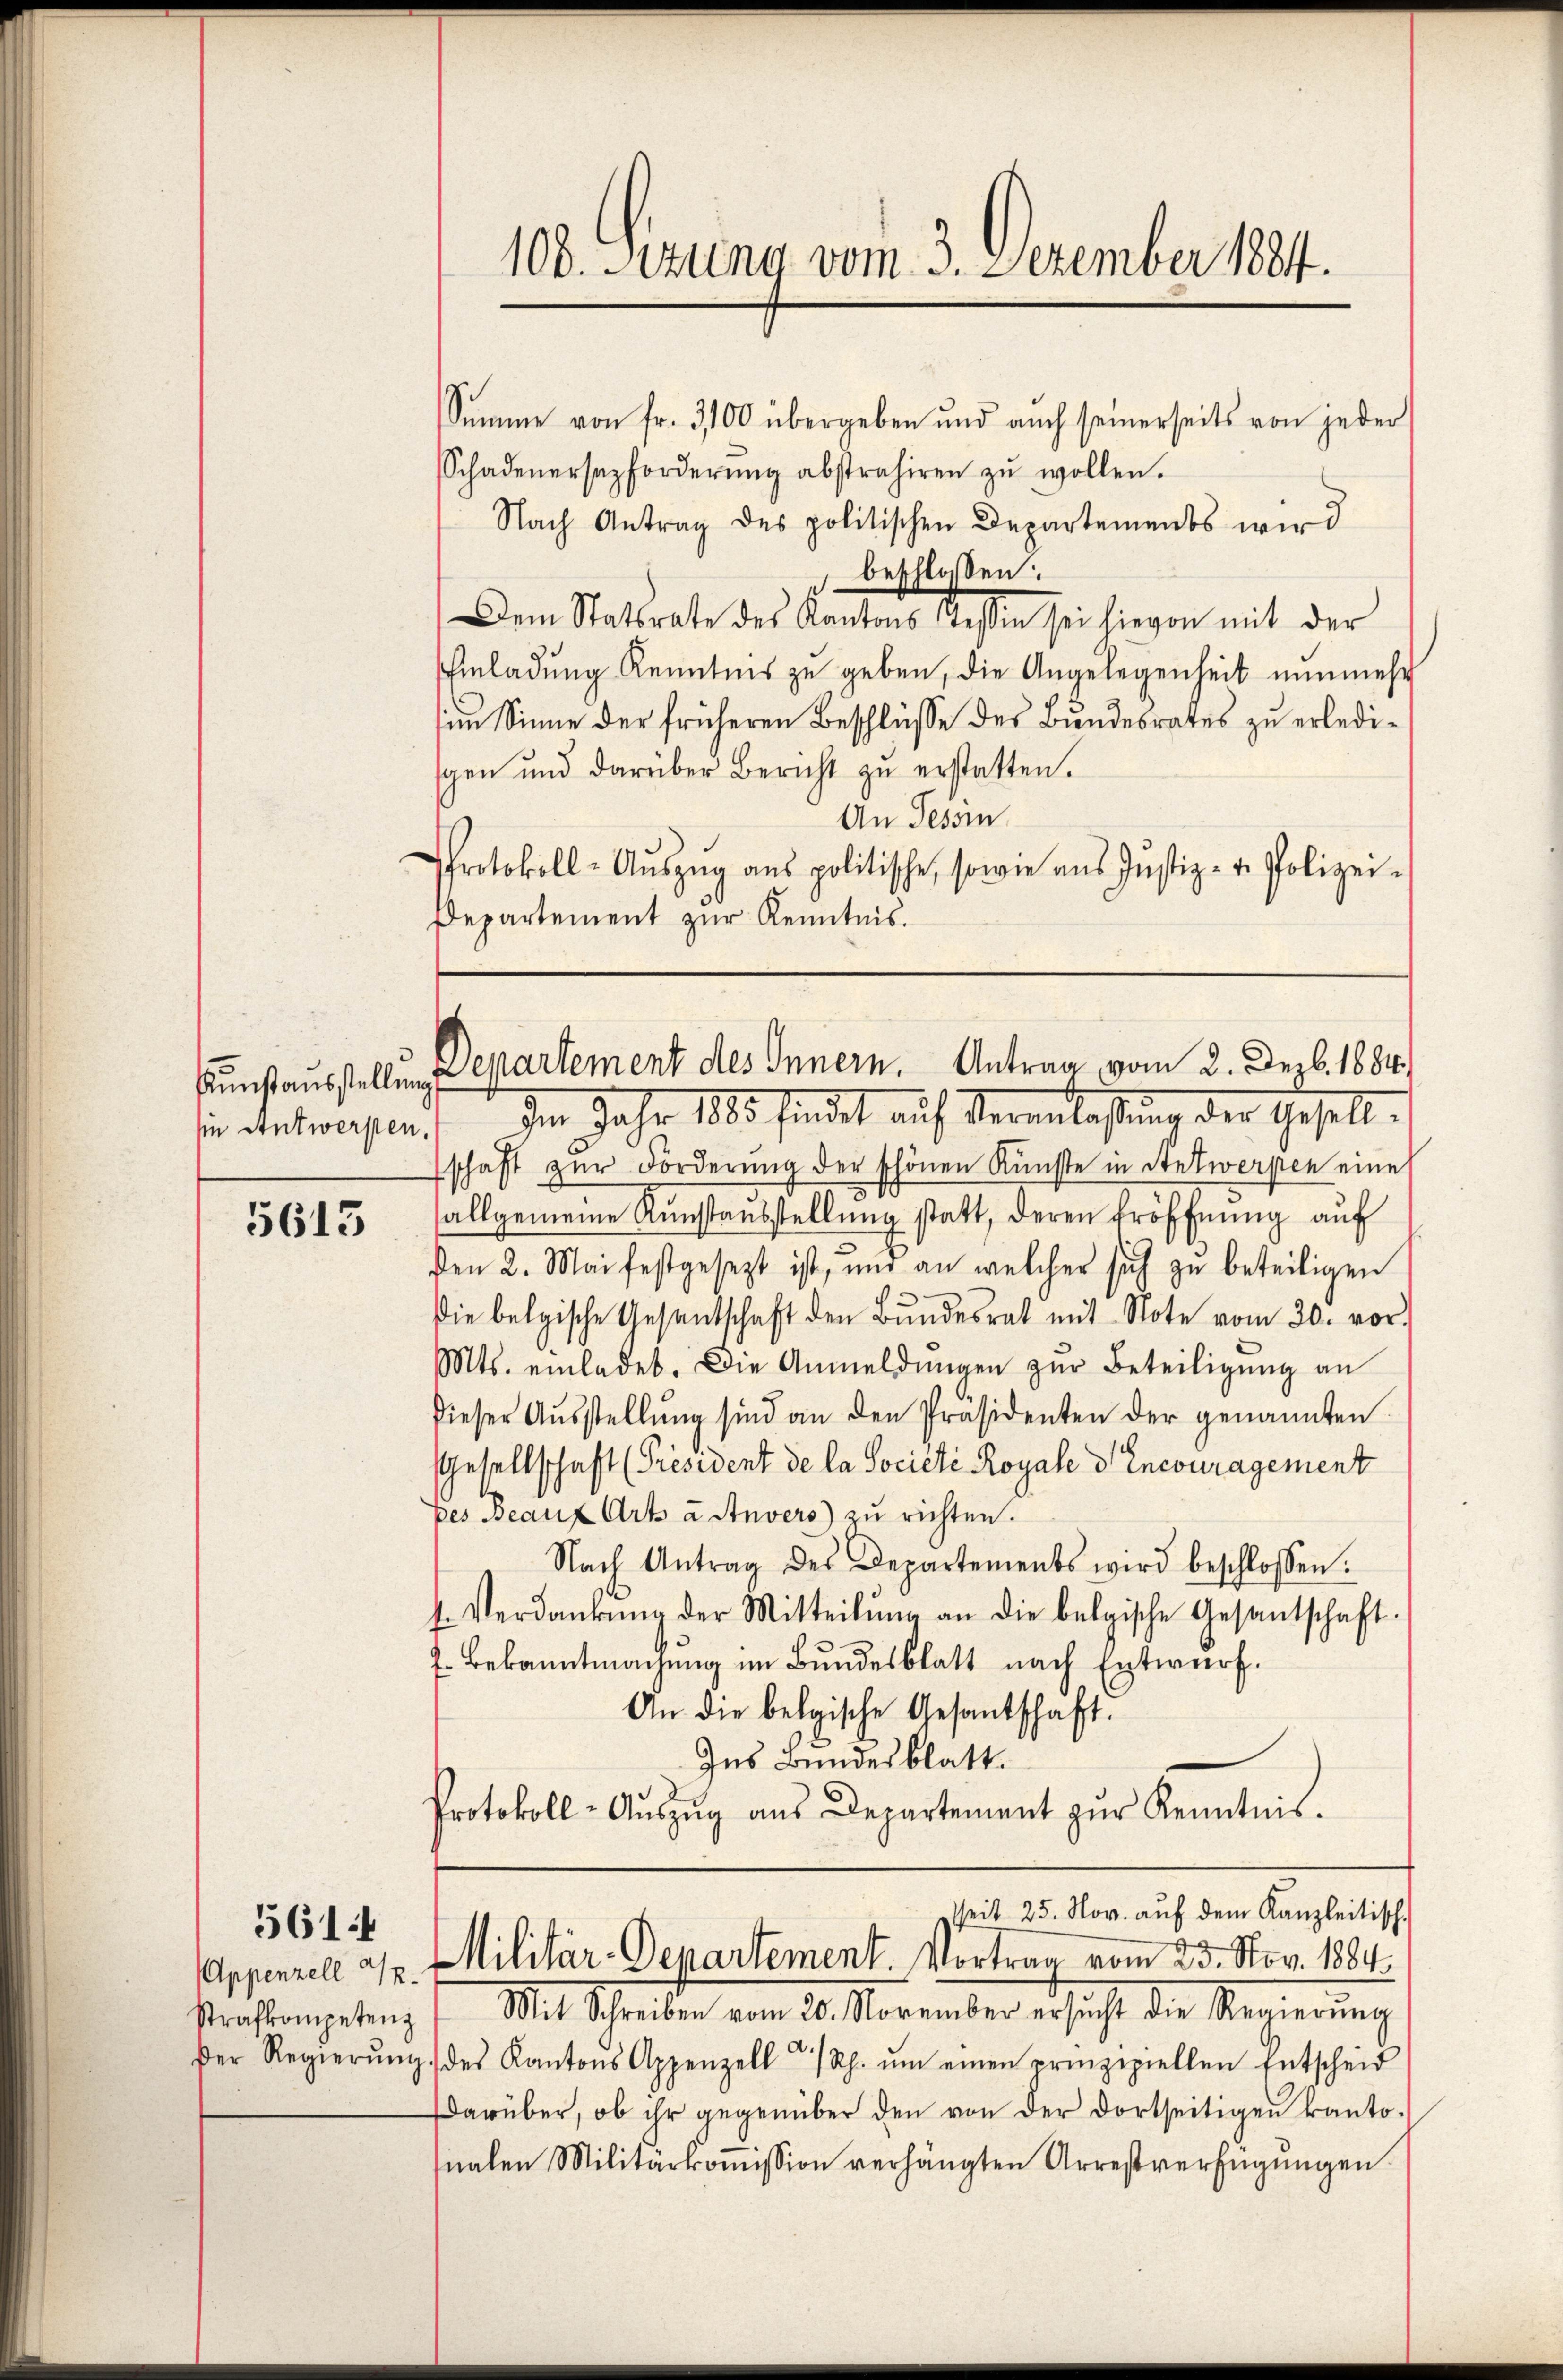
5613

561

Summe von fr. 3100 übergeben und auch seinerseits von jeder
Schadenersazforderŭng abstrahiren zŭ wollen.
Nach Antrag des politischen Departements wird
 beschlossen:
Dem Statsrate des Kantons Tessin sei hievon mit der
Einladung Kenntnis zu geben, die Angelegenheit nunmehr
im Sinne der früheren Beschlüsse des Bundesrates zu erledigen und darüber Bericht zŭ erstatten.
An Tessin.
Protokoll-Aŭszŭg aŭs politische, sowie ans Justiz- u. Polizei-
Departement zur Kenntnis.

sunstausstellung Departement des Innern. Antrag vom 2. Dezb. 1884,

se Antworfen. Im Jahr 1888 findet auf Veranlassung der Gesell-
schaft zur Forderung der schönen Künste in Stetwerpen eine
8
allgemeine Rŭnstausstellŭng statt, deren Eröffnŭng aŭf
Den 2. Mai festgesezt ist, und an welcher sich zu beteiligen
die belgische Gesandschaft den Bŭndesrat mit Note vom 20. vor.
Mts. einladet. Die Anmeldŭngen zŭr Beteiligŭng an
dieser Aŭsstellŭng sind an den Präsidenten der genannten
sGesellschaft (Président de la Société Royale dencouragement
Des Beauf Art. a Anvers zu richten.
Nach Antrag des Departements wird beschlossen:
t. Verdankŭng der Mitteilŭng an die belgische Gesantschaft.
J. Bekanntmachung im Bundesblatt nach Entwurf.
An die belgische Gesantschaft.
Ins Bundesblatt.
Protokoll-Aŭszŭg aŭs Departement zŭr Kenntnis.
seit 25. Nov. aŭf dem Kanzleitisch-
Appenzell an. Militär-Departement. Vortrag vom 23. Nov. 1884.
Prastenpaten, 1. Mit Schreiben vom 12. November ersucht die Regierung
Der Regierŭng des Kantons Appenzell a/Rh. ŭm einen prinzipiellen Entscheid
darüber, ob ihr gegenüber den von der dortseitigen kanto-
nalen Militärkoṁission verhängten Arrestverfügŭngen.

108. Setzung vom 3. Dezember 1884.